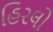
હિરલો